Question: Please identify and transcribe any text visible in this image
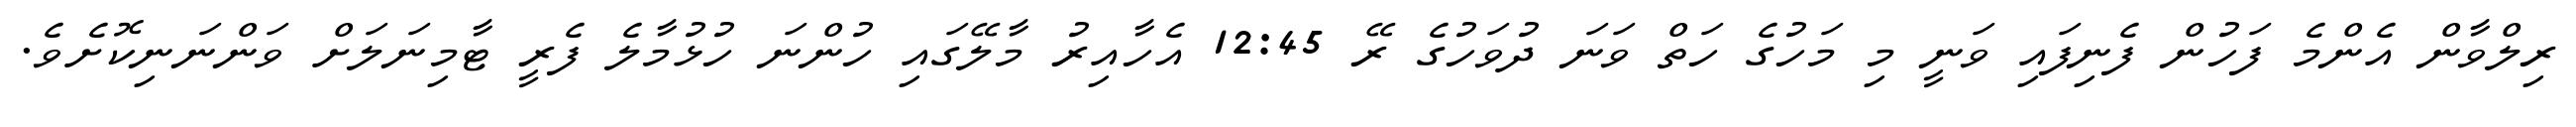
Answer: ރިލްވާން އެންމެ ފަހުން ފެނިފައި ވަނީ މި މަހުގެ ހަތް ވަނަ ދުވަހުގެ ރޭ 12:45 އެހާއިރު މާލޭގައި ހުންނަ ހުޅުމާލެ ފެރީ ޓާމިނަލަށް ވަންނަނިކޮށެވެ.